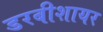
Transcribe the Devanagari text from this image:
डरबीशायर